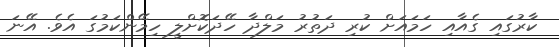
ކާރުގައި ގެއާއި ހަމައަށް ކުރި ދަތުރު މަލްދާ ހޭދަކޮށްލީ ހިމޭންކަމުގަ އެވެ. އޭނަ